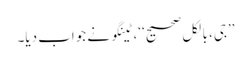
’’جی، بالکل صحیح‘‘، ٹینگو نے جواب دیا۔